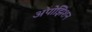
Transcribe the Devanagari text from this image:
अपोझिशन